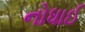
નોધાઈ